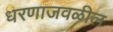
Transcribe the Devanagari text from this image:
धरणाजवळील